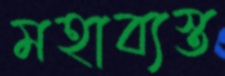
মহাব্যস্ত